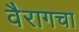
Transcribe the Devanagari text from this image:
वैरागचा